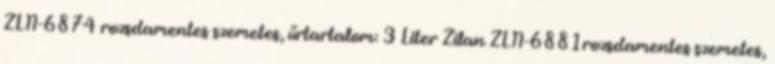
ZLN-6874 rozsdamentes szemetes, űrtartalom: 3 Liter Zilan ZLN-6881rozsdamentes szemetes,